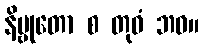
နိဗ္ဗုတော စ တုဝံ ဘဝ။